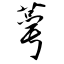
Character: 蕚